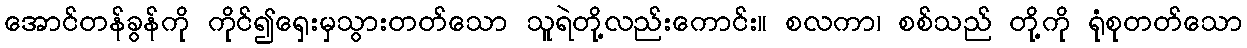
အောင်တန်ခွန်ကို ကိုင်၍ရှေးမှသွားတတ်သော သူရဲတို့လည်းကောင်း။ စလကာ၊ စစ်သည် တို့ကို ရုံစုတတ်သော